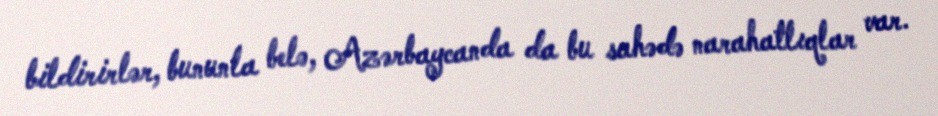
bildirirlər, bununla belə, Azərbaycanda da bu sahədə narahatlıqlar var.